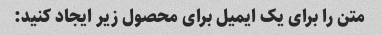
متن را برای یک ایمیل برای محصول زیر ایجاد کنید: